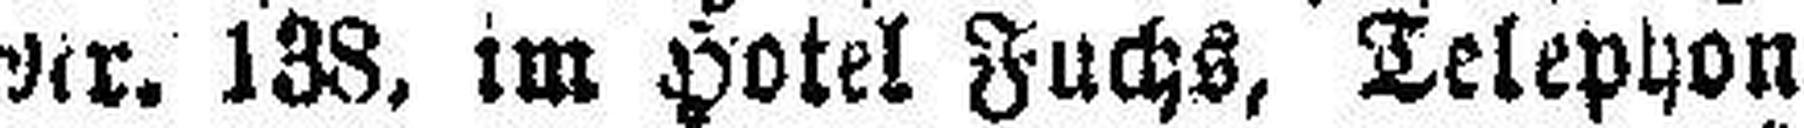
Nr. 138, im Hotel Fuchs, Telephon